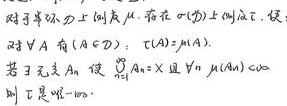
对于单测度上的测度\(\mu\)，若在\(\sigma(\mathcal{F})\)上的测度\(\tau\)，对\(\forall A\in\mathcal{A}\)有\(\tau(A)=\mu(A)\)，若存在无交\(A_n\)使\(\bigcup_{n = 1}^{\infty}A_n = X\)且\(\forall n\ \mu(A_n)<\infty\)，则\(\tau\)是唯一的。